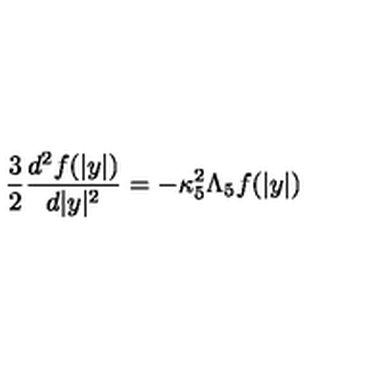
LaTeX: { \frac { 3 } { 2 } } { \frac { d ^ { 2 } f ( | y | ) } { d | y | ^ { 2 } } } = - \kappa _ { 5 } ^ { 2 } \Lambda _ { 5 } f ( | y | )